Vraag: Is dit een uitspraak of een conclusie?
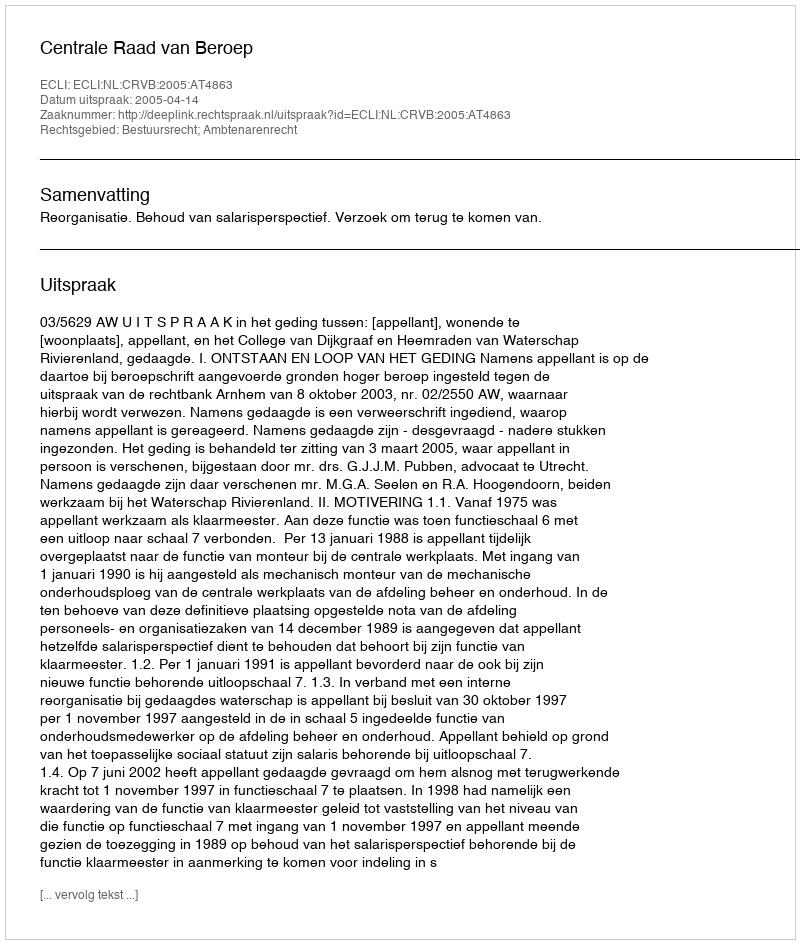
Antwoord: Uitspraak